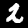
Label: 2